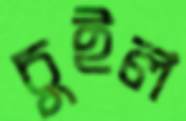
চুইল